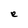
Character: e